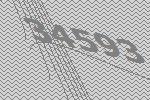
34593